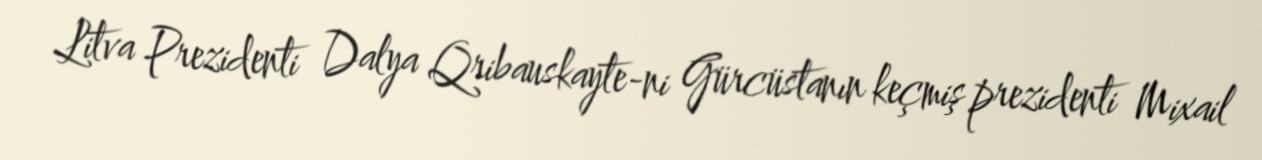
Litva Prezidenti Dalya Qribauskayte-ni Gürcüstanın keçmiş prezidenti Mixail